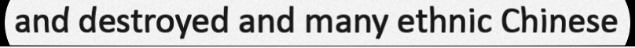
and destroyed and many ethnic Chinese